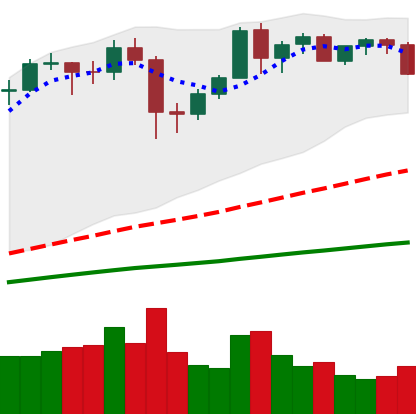
Ticker: BTC-USD
Chart end date: 2020-12-08
Forward return: 4.483%
Label: up_3_5